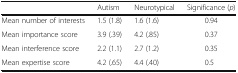
<table><thead><tr><td></td><td><b>Autism</b></td><td><b>Neurotypical</b></td><td><b>Significance (<i>p</i>)</b></td></tr></thead><tbody><tr><td>Mean number of interests</td><td>1.5 (1.8)</td><td>1.6 (1.6)</td><td>0.94</td></tr><tr><td>Mean importance score</td><td>3.9 (.39)</td><td>4.2 (.85)</td><td>0.37</td></tr><tr><td>Mean interference score</td><td>2.2 (1.1)</td><td>2.7 (1.2)</td><td>0.35</td></tr><tr><td>Mean expertise score</td><td>4.2 (.65)</td><td>4.4 (.40)</td><td>0.5</td></tr></tbody></table>